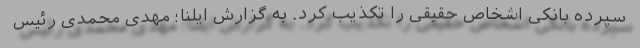
سپرده بانکی اشخاص حقیقی را تکذیب کرد. به گزارش ایلنا؛ مهدی محمدی رئیس